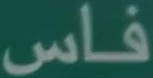
فاس